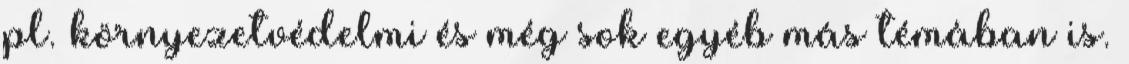
pl. környezetvédelmi és még sok egyéb más témában is.